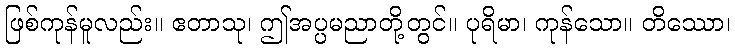
ဖြစ်ကုန်မူလည်း။ ဧတာသု၊ ဤအပ္ပမညာတို့တွင်။ ပုရိမာ၊ ကုန်သော။ တိဿော၊